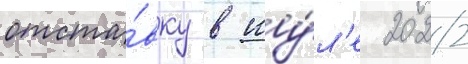
отста́вку в иу́л'е 2022